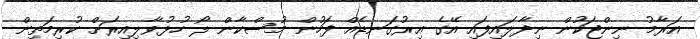
އަރާމު ނިންޖަކުން ނިދާލައިފައި އޭގެ އިރުގަނޑެއް ފަހުން މުސްކާން ލޯ ހުޅުވާލިއިރަށް ކުރިމަތިން